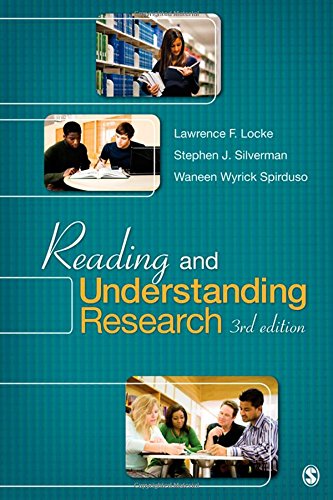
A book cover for Reading and Understanding Research; Lawrence F. Locke; Medical Books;